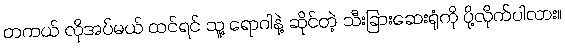
တကယ် လိုအပ်မယ် ထင်ရင် သူ့ ရောဂါနဲ့ ဆိုင်တဲ့ သီးခြားဆေးရုံကို ပို့လိုက်ပါလား။